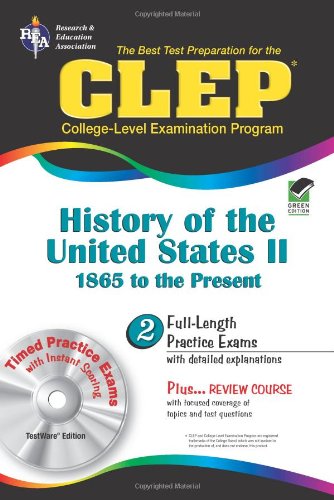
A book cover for CLEP History of the United States II w/CD (REA) - The Best Test Prep for the CLE (Test Preps); Lynn Marlowe Ph.D.; Test Preparation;